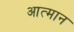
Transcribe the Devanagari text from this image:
आत्मान